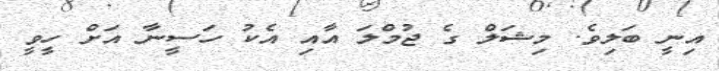
އިނީ ބަލިވެ. މިޝަލް ގެ ޖުމްލަ އާއި އެކު ހަސީނާ އަށް ހީވީ